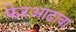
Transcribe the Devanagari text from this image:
फेरआढावा